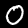
Digit: 0